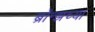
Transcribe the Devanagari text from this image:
ब्रॉन्झच्या